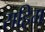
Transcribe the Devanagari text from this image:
सहिम